Calcutta medical institutions reports 1871-78
Year: 1871
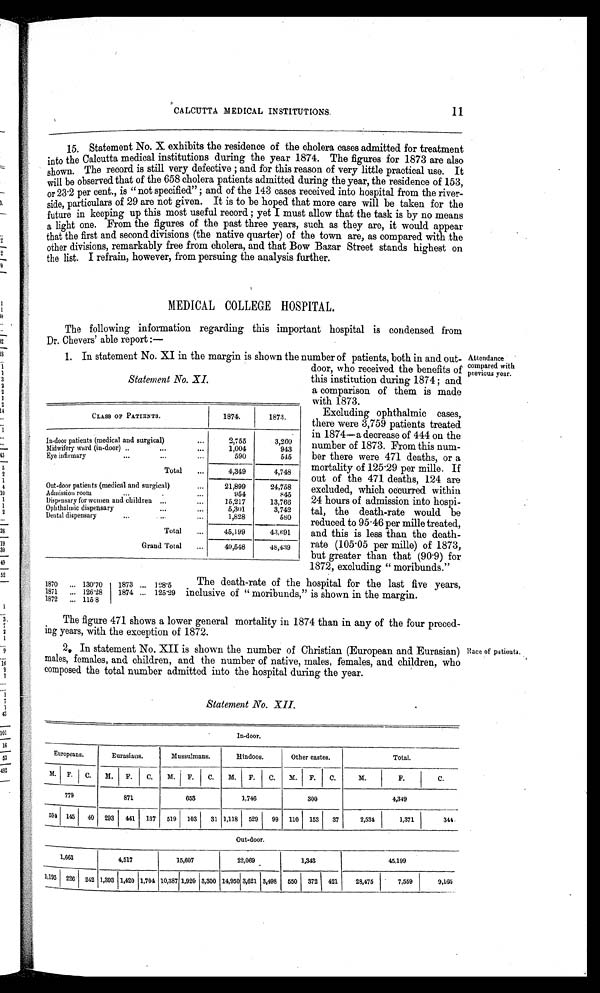
CALCUTTA MEDICAL INSTITUTIONS.
11
15. Statement No. X exhibits the residence of the cholera cases admitted for treatment
into the Calcutta medical institutions during the year 1874. The figures for 1873 are also
shown. The record is still very defective ; and for this reason of very little practical use. It
will be observed that of the 658 cholera patients admitted during the year, the residence of 153,
or 23·2 per cent., is "not specified" ; and of the 143 cases received into hospital from the river
-
side, particulars of 29 are not given. It is to be hoped that more care will be taken for the
future in keeping up this most useful record ; yet I must allow that the task is by no means
a light one. From the figures of the past three years, such as they are, it would appear
that the first and second divisions (the native quarter) of the town are, as compared with the
other divisions, remarkably free from cholera, and that Bow Bazar Street stands highest on
the list. I refrain, however, from persuing the analysis further.
MEDICAL COLLEGE HOSPITAL.
The following information regarding this important hospital is condensed from
Dr. Chevers' able report :
—
1. In statement No. XI in the margin is shown the number of patients, both in and out-
door, who received the benefits of
this institution during 1874 and
a comparison of them is made
with 1873.
Attendance
compared wi t h previ ous year.
Excluding ophthalmic cases,
there were 3,759 patients treated
in 1874—a decrease of 444 on the
number of 1873. From this num
-
ber there were 471 deaths, or a
mortality of 125·29 per mille. If
out of the 471 deaths, 124 are
excluded, which occurred within
24 hours of admission into hospi
-
tal, the death-rate would be
reduced to 95·46 per mille treated,
and this is less than the death-
rate (105·05 per mille) of 1873,
but greater than that (90·9) for
1872, excluding "moribunds."
The death-rate of the hospital for the last five years,
inclusive of "moribunds," is shown in the margin.
The figure 471 shows a lower general mortality in 1874 than in any of the four preced
-
ing years, with the exception of 1872.
2. In statement No. XII is shown the number of Christian (European and Eurasian)
males, females, and children, and the number of native, males, females, and children, who
composed the total number admitted into the hospital during the year.
Race of patients.
Statement No. XII.
In-door.
Europeans.
Eurasians.
Mussulmans.
Hindoos.
Other castes.
Total.
M. F.
C.
M.
F.
C.
M.
F.
C.
M.
F.
C.
M.
F.
C.
M.
F.
C.
779
871
653
1,746
300
4,349
594 145
40 293 441 137 519 103
31 1,118 529
99 110 153
37
2,534
1,371 344
Out-door.
1,663
4,517
15,607
22,069
1,343
45,199
1,195 226 242 1,393 1,420 1,704 10,387 1,920 3,300 14,950 3,621 3,498 550 372 421
28,475
7,559
9,165
Statement No. XI.
CLASS OF PATIENTS.
1874.
1873.
In-door patients (medical and surgical)
2,755
3,260
Midwifery ward (in-door)
1,004
943 E y e i n f i r m a r y
590
545
Total
4,349
4,748
Out-door patients (medical and surgical)
21,899
24,758
Admission room
9 5 4
845
Dispensary for women and children
15,217
13,766
Ophthalmic dispensary
5,301
3,742
Dental dispensary
1,828
580
Total
45,199
43,691
Grand Total
49,548
48,439
1870
130·70
1873
128·5
1871
126·28
1874
125·29
1872
115·8